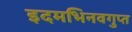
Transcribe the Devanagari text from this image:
इदमभिनवगुप्त